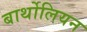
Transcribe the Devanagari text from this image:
बार्थोलियन